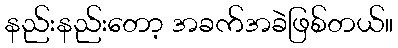
နည်းနည်းတော့ အခက်အခဲဖြစ်တယ်။